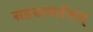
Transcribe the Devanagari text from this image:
सहस्रावर्तनात्‌